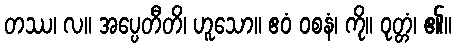
တဿ၊ လ။ အပ္ပေတီတိ၊ ဟူသော။ ဧဝံ ဝစနံ၊ ကို။ ဝုတ္တံ၊ ၏။